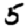
Digit: 5